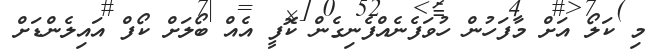
މި ކަލޯ އަށް މާފަހުން ހުވަފެނެއްފެނިގެން ކޮފީ އެއް ބޯލަށް ކޯފް އައިލެންޑަށް